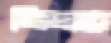
লিডারে